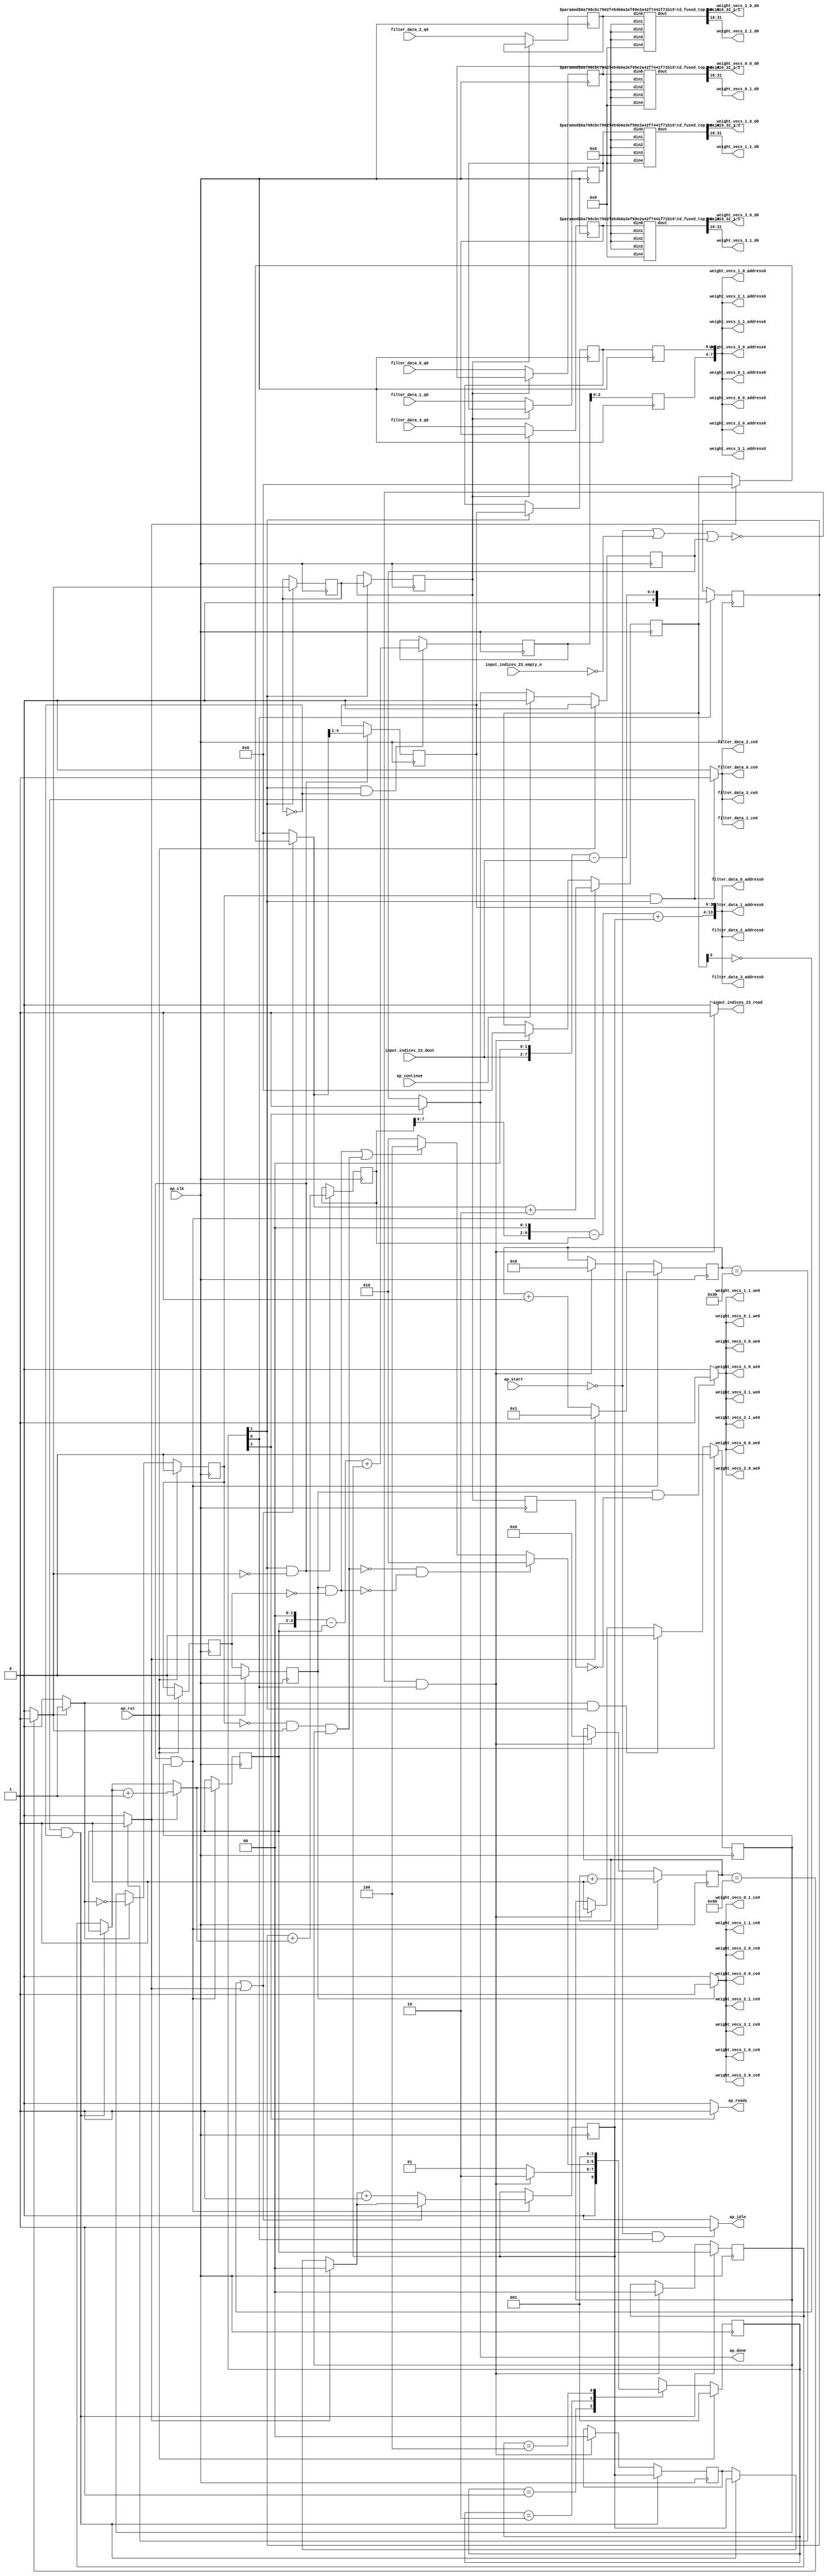
`define EXPONENT 5
`define MANTISSA 10
`define ACTUAL_MANTISSA 11
`define EXPONENT_LSB 10
`define EXPONENT_MSB 14
`define MANTISSA_LSB 0
`define MANTISSA_MSB 9
`define MANTISSA_MUL_SPLIT_LSB 3
`define MANTISSA_MUL_SPLIT_MSB 9
`define SIGN 1
`define SIGN_LOC 15
`define DWIDTH (`SIGN+`EXPONENT+`MANTISSA)
`define IEEE_COMPLIANCE 1

module td_fused_top_tdf8_readFilters58 (
        ap_clk,
        ap_rst,
        ap_start,
        ap_done,
        ap_continue,
        ap_idle,
        ap_ready,
        filter_data_0_address0,
        filter_data_0_ce0,
        filter_data_0_q0,
        filter_data_1_address0,
        filter_data_1_ce0,
        filter_data_1_q0,
        filter_data_2_address0,
        filter_data_2_ce0,
        filter_data_2_q0,
        filter_data_3_address0,
        filter_data_3_ce0,
        filter_data_3_q0,
        input_indices_23_dout,
        input_indices_23_empty_n,
        input_indices_23_read,
        weight_vecs_0_0_address0,
        weight_vecs_0_0_ce0,
        weight_vecs_0_0_we0,
        weight_vecs_0_0_d0,
        weight_vecs_0_1_address0,
        weight_vecs_0_1_ce0,
        weight_vecs_0_1_we0,
        weight_vecs_0_1_d0,
        weight_vecs_1_0_address0,
        weight_vecs_1_0_ce0,
        weight_vecs_1_0_we0,
        weight_vecs_1_0_d0,
        weight_vecs_1_1_address0,
        weight_vecs_1_1_ce0,
        weight_vecs_1_1_we0,
        weight_vecs_1_1_d0,
        weight_vecs_2_0_address0,
        weight_vecs_2_0_ce0,
        weight_vecs_2_0_we0,
        weight_vecs_2_0_d0,
        weight_vecs_2_1_address0,
        weight_vecs_2_1_ce0,
        weight_vecs_2_1_we0,
        weight_vecs_2_1_d0,
        weight_vecs_3_0_address0,
        weight_vecs_3_0_ce0,
        weight_vecs_3_0_we0,
        weight_vecs_3_0_d0,
        weight_vecs_3_1_address0,
        weight_vecs_3_1_ce0,
        weight_vecs_3_1_we0,
        weight_vecs_3_1_d0
);

parameter    ap_ST_fsm_state1 = 3'd1;
parameter    ap_ST_fsm_pp0_stage0 = 3'd2;
parameter    ap_ST_fsm_state6 = 3'd4;

input   ap_clk;
input   ap_rst;
input   ap_start;
output   ap_done;
input   ap_continue;
output   ap_idle;
output   ap_ready;
output  [13:0] filter_data_0_address0;
output   filter_data_0_ce0;
input  [31:0] filter_data_0_q0;
output  [13:0] filter_data_1_address0;
output   filter_data_1_ce0;
input  [31:0] filter_data_1_q0;
output  [13:0] filter_data_2_address0;
output   filter_data_2_ce0;
input  [31:0] filter_data_2_q0;
output  [13:0] filter_data_3_address0;
output   filter_data_3_ce0;
input  [31:0] filter_data_3_q0;
input  [5:0] input_indices_23_dout;
input   input_indices_23_empty_n;
output   input_indices_23_read;
output  [7:0] weight_vecs_0_0_address0;
output   weight_vecs_0_0_ce0;
output   weight_vecs_0_0_we0;
output  [15:0] weight_vecs_0_0_d0;
output  [7:0] weight_vecs_0_1_address0;
output   weight_vecs_0_1_ce0;
output   weight_vecs_0_1_we0;
output  [15:0] weight_vecs_0_1_d0;
output  [7:0] weight_vecs_1_0_address0;
output   weight_vecs_1_0_ce0;
output   weight_vecs_1_0_we0;
output  [15:0] weight_vecs_1_0_d0;
output  [7:0] weight_vecs_1_1_address0;
output   weight_vecs_1_1_ce0;
output   weight_vecs_1_1_we0;
output  [15:0] weight_vecs_1_1_d0;
output  [7:0] weight_vecs_2_0_address0;
output   weight_vecs_2_0_ce0;
output   weight_vecs_2_0_we0;
output  [15:0] weight_vecs_2_0_d0;
output  [7:0] weight_vecs_2_1_address0;
output   weight_vecs_2_1_ce0;
output   weight_vecs_2_1_we0;
output  [15:0] weight_vecs_2_1_d0;
output  [7:0] weight_vecs_3_0_address0;
output   weight_vecs_3_0_ce0;
output   weight_vecs_3_0_we0;
output  [15:0] weight_vecs_3_0_d0;
output  [7:0] weight_vecs_3_1_address0;
output   weight_vecs_3_1_ce0;
output   weight_vecs_3_1_we0;
output  [15:0] weight_vecs_3_1_d0;

reg ap_done;
reg ap_idle;
reg ap_ready;
reg filter_data_0_ce0;
reg filter_data_1_ce0;
reg filter_data_2_ce0;
reg filter_data_3_ce0;
reg input_indices_23_read;
reg weight_vecs_0_0_ce0;
reg weight_vecs_0_0_we0;
reg weight_vecs_0_1_ce0;
reg weight_vecs_0_1_we0;
reg weight_vecs_1_0_ce0;
reg weight_vecs_1_0_we0;
reg weight_vecs_1_1_ce0;
reg weight_vecs_1_1_we0;
reg weight_vecs_2_0_ce0;
reg weight_vecs_2_0_we0;
reg weight_vecs_2_1_ce0;
reg weight_vecs_2_1_we0;
reg weight_vecs_3_0_ce0;
reg weight_vecs_3_0_we0;
reg weight_vecs_3_1_ce0;
reg weight_vecs_3_1_we0;

reg    ap_done_reg;
  reg   [2:0] ap_CS_fsm;
wire    ap_CS_fsm_state1;
reg    input_indices_23_blk_n;
reg   [7:0] indvar_flatten13_reg_288;
reg   [1:0] ii_reg_299;
reg   [6:0] indvar_flatten_reg_310;
reg   [1:0] jj_reg_321;
reg   [5:0] kk_reg_332;
wire   [9:0] sext_ln47_fu_365_p1;
reg   [9:0] sext_ln47_reg_737;
wire   [7:0] add_ln47_1_fu_369_p2;
wire    ap_CS_fsm_pp0_stage0;
reg    ap_enable_reg_pp0_iter0;
wire    ap_block_state2_pp0_stage0_iter0;
wire    ap_block_state3_pp0_stage0_iter1;
wire    ap_block_state4_pp0_stage0_iter2;
wire    ap_block_state5_pp0_stage0_iter3;
wire    ap_block_pp0_stage0_11001;
wire   [0:0] icmp_ln47_fu_375_p2;
reg   [0:0] icmp_ln47_reg_747;
reg   [0:0] icmp_ln47_reg_747_pp0_iter1_reg;
reg   [0:0] icmp_ln47_reg_747_pp0_iter2_reg;
wire   [1:0] select_ln47_2_fu_409_p3;
reg   [1:0] select_ln47_2_reg_751;
wire   [9:0] add_ln55_fu_421_p2;
reg   [9:0] add_ln55_reg_758;
wire   [1:0] select_ln48_1_fu_460_p3;
reg   [1:0] select_ln48_1_reg_764;
reg   [3:0] lshr_ln_reg_771;
reg   [3:0] lshr_ln_reg_771_pp0_iter1_reg;
reg   [3:0] lshr_ln_reg_771_pp0_iter2_reg;
wire   [5:0] add_ln49_fu_478_p2;
wire   [6:0] select_ln48_2_fu_490_p3;
wire   [5:0] add_ln55_2_fu_554_p2;
reg   [5:0] add_ln55_2_reg_787;
reg   [5:0] add_ln55_2_reg_787_pp0_iter2_reg;
reg   [31:0] filter_data_0_load_reg_812;
reg   [31:0] filter_data_1_load_reg_817;
reg   [31:0] filter_data_2_load_reg_822;
reg   [31:0] filter_data_3_load_reg_827;
reg    ap_block_state1;
wire    ap_block_pp0_stage0_subdone;
reg    ap_condition_pp0_exit_iter0_state2;
reg    ap_enable_reg_pp0_iter1;
reg    ap_enable_reg_pp0_iter2;
reg    ap_enable_reg_pp0_iter3;
reg   [1:0] ap_phi_mux_ii_phi_fu_303_p4;
wire    ap_block_pp0_stage0;
reg   [1:0] ap_phi_mux_jj_phi_fu_325_p4;
wire   [63:0] tmp_13_fu_560_p3;
wire   [63:0] sext_ln55_2_fu_577_p1;
wire   [7:0] tmp_s_fu_347_p3;
wire   [8:0] zext_ln55_2_fu_355_p1;
wire   [8:0] zext_ln55_fu_343_p1;
wire   [8:0] sub_ln55_fu_359_p2;
wire   [0:0] icmp_ln48_fu_387_p2;
wire   [1:0] add_ln47_fu_381_p2;
wire   [9:0] zext_ln55_4_fu_417_p1;
wire   [0:0] tmp_12_fu_426_p3;
wire   [0:0] xor_ln49_fu_434_p2;
wire   [1:0] select_ln47_fu_393_p3;
wire   [0:0] or_ln47_fu_440_p2;
wire   [5:0] select_ln47_1_fu_401_p3;
wire   [1:0] add_ln48_fu_446_p2;
wire   [5:0] select_ln48_fu_452_p3;
wire   [6:0] add_ln48_1_fu_484_p2;
wire   [11:0] tmp_11_fu_504_p3;
wire   [59:0] sext_ln55_1_fu_511_p1;
wire   [59:0] sext_ln55_fu_501_p1;
wire   [3:0] tmp_10_fu_521_p3;
wire   [4:0] zext_ln55_5_fu_528_p1;
wire   [4:0] zext_ln55_3_fu_498_p1;
wire   [4:0] sub_ln55_2_fu_532_p2;
wire   [59:0] sub_ln55_1_fu_515_p2;
wire   [59:0] zext_ln55_7_fu_545_p1;
wire   [5:0] sext_ln48_fu_538_p1;
wire   [5:0] zext_ln55_6_fu_542_p1;
wire   [59:0] add_ln55_1_fu_548_p2;
wire   [9:0] tmp_14_fu_571_p3;
wire   [31:0] tmp_fu_589_p6;
wire   [15:0] trunc_ln55_fu_602_p1;
wire   [31:0] tmp_1_fu_611_p6;
wire   [15:0] trunc_ln55_1_fu_624_p1;
wire   [31:0] tmp_2_fu_633_p6;
wire   [15:0] trunc_ln55_2_fu_646_p1;
wire   [31:0] tmp_3_fu_655_p6;
wire   [15:0] trunc_ln55_3_fu_668_p1;
wire   [15:0] tmp_21_i_i_fu_677_p4;
wire   [15:0] tmp_23_i_i_fu_692_p4;
wire   [15:0] tmp_25_i_i_fu_707_p4;
wire   [15:0] tmp_27_i_i_fu_722_p4;
wire    ap_CS_fsm_state6;
reg   [2:0] ap_NS_fsm;
reg    ap_idle_pp0;
wire    ap_enable_pp0;
wire    ap_ce_reg;

// power-on initialization
initial begin
#0 ap_done_reg = 1'b0;
#0 ap_CS_fsm = 3'd1;
#0 ap_enable_reg_pp0_iter0 = 1'b0;
#0 ap_enable_reg_pp0_iter1 = 1'b0;
#0 ap_enable_reg_pp0_iter2 = 1'b0;
#0 ap_enable_reg_pp0_iter3 = 1'b0;
end

td_fused_top_mux_416_32_1_1 #(
    .ID( 1 ),
    .NUM_STAGE( 1 ),
    .din0_WIDTH( 32 ),
    .din1_WIDTH( 32 ),
    .din2_WIDTH( 32 ),
    .din3_WIDTH( 32 ),
    .din4_WIDTH( 16 ),
    .dout_WIDTH( 32 ))
mux_416_32_1_1_U1178(
    .din0(filter_data_0_load_reg_812),
    .din1(32'd0),
    .din2(32'd0),
    .din3(32'd0),
    .din4(16'd0),
    .dout(tmp_fu_589_p6)
);

td_fused_top_mux_416_32_1_1 #(
    .ID( 1 ),
    .NUM_STAGE( 1 ),
    .din0_WIDTH( 32 ),
    .din1_WIDTH( 32 ),
    .din2_WIDTH( 32 ),
    .din3_WIDTH( 32 ),
    .din4_WIDTH( 16 ),
    .dout_WIDTH( 32 ))
mux_416_32_1_1_U1179(
    .din0(filter_data_1_load_reg_817),
    .din1(32'd0),
    .din2(32'd0),
    .din3(32'd0),
    .din4(16'd0),
    .dout(tmp_1_fu_611_p6)
);

td_fused_top_mux_416_32_1_1 #(
    .ID( 1 ),
    .NUM_STAGE( 1 ),
    .din0_WIDTH( 32 ),
    .din1_WIDTH( 32 ),
    .din2_WIDTH( 32 ),
    .din3_WIDTH( 32 ),
    .din4_WIDTH( 16 ),
    .dout_WIDTH( 32 ))
mux_416_32_1_1_U1180(
    .din0(filter_data_2_load_reg_822),
    .din1(32'd0),
    .din2(32'd0),
    .din3(32'd0),
    .din4(16'd0),
    .dout(tmp_2_fu_633_p6)
);

td_fused_top_mux_416_32_1_1 #(
    .ID( 1 ),
    .NUM_STAGE( 1 ),
    .din0_WIDTH( 32 ),
    .din1_WIDTH( 32 ),
    .din2_WIDTH( 32 ),
    .din3_WIDTH( 32 ),
    .din4_WIDTH( 16 ),
    .dout_WIDTH( 32 ))
mux_416_32_1_1_U1181(
    .din0(filter_data_3_load_reg_827),
    .din1(32'd0),
    .din2(32'd0),
    .din3(32'd0),
    .din4(16'd0),
    .dout(tmp_3_fu_655_p6)
);

always @ (posedge ap_clk) begin
    if (ap_rst == 1'b1) begin
        ap_CS_fsm <= ap_ST_fsm_state1;
    end else begin
        ap_CS_fsm <= ap_NS_fsm;
    end
end

always @ (posedge ap_clk) begin
    if (ap_rst == 1'b1) begin
        ap_done_reg <= 1'b0;
    end else begin
        if ((ap_continue == 1'b1)) begin
            ap_done_reg <= 1'b0;
        end else if ((1'b1 == ap_CS_fsm_state6)) begin
            ap_done_reg <= 1'b1;
        end
    end
end

always @ (posedge ap_clk) begin
    if (ap_rst == 1'b1) begin
        ap_enable_reg_pp0_iter0 <= 1'b0;
    end else begin
        if (((1'b1 == ap_condition_pp0_exit_iter0_state2) & (1'b1 == ap_CS_fsm_pp0_stage0) & (1'b0 == ap_block_pp0_stage0_subdone))) begin
            ap_enable_reg_pp0_iter0 <= 1'b0;
        end else if ((~((ap_start == 1'b0) | (input_indices_23_empty_n == 1'b0) | (ap_done_reg == 1'b1)) & (1'b1 == ap_CS_fsm_state1))) begin
            ap_enable_reg_pp0_iter0 <= 1'b1;
        end
    end
end

always @ (posedge ap_clk) begin
    if (ap_rst == 1'b1) begin
        ap_enable_reg_pp0_iter1 <= 1'b0;
    end else begin
        if ((1'b0 == ap_block_pp0_stage0_subdone)) begin
            if ((1'b1 == ap_condition_pp0_exit_iter0_state2)) begin
                ap_enable_reg_pp0_iter1 <= (1'b1 ^ ap_condition_pp0_exit_iter0_state2);
            end else if ((1'b1 == 1'b1)) begin
                ap_enable_reg_pp0_iter1 <= ap_enable_reg_pp0_iter0;
            end
        end
    end
end

always @ (posedge ap_clk) begin
    if (ap_rst == 1'b1) begin
        ap_enable_reg_pp0_iter2 <= 1'b0;
    end else begin
        if ((1'b0 == ap_block_pp0_stage0_subdone)) begin
            ap_enable_reg_pp0_iter2 <= ap_enable_reg_pp0_iter1;
        end
    end
end

always @ (posedge ap_clk) begin
    if (ap_rst == 1'b1) begin
        ap_enable_reg_pp0_iter3 <= 1'b0;
    end else begin
        if ((1'b0 == ap_block_pp0_stage0_subdone)) begin
            ap_enable_reg_pp0_iter3 <= ap_enable_reg_pp0_iter2;
        end else if ((~((ap_start == 1'b0) | (input_indices_23_empty_n == 1'b0) | (ap_done_reg == 1'b1)) & (1'b1 == ap_CS_fsm_state1))) begin
            ap_enable_reg_pp0_iter3 <= 1'b0;
        end
    end
end

always @ (posedge ap_clk) begin
    if (((ap_enable_reg_pp0_iter1 == 1'b1) & (1'b1 == ap_CS_fsm_pp0_stage0) & (icmp_ln47_reg_747 == 1'd0) & (1'b0 == ap_block_pp0_stage0_11001))) begin
        ii_reg_299 <= select_ln47_2_reg_751;
    end else if ((~((ap_start == 1'b0) | (input_indices_23_empty_n == 1'b0) | (ap_done_reg == 1'b1)) & (1'b1 == ap_CS_fsm_state1))) begin
        ii_reg_299 <= 2'd0;
    end
end

always @ (posedge ap_clk) begin
    if (((1'b1 == ap_CS_fsm_pp0_stage0) & (icmp_ln47_fu_375_p2 == 1'd0) & (1'b0 == ap_block_pp0_stage0_11001) & (ap_enable_reg_pp0_iter0 == 1'b1))) begin
        indvar_flatten13_reg_288 <= add_ln47_1_fu_369_p2;
    end else if ((~((ap_start == 1'b0) | (input_indices_23_empty_n == 1'b0) | (ap_done_reg == 1'b1)) & (1'b1 == ap_CS_fsm_state1))) begin
        indvar_flatten13_reg_288 <= 8'd0;
    end
end

always @ (posedge ap_clk) begin
    if (((1'b1 == ap_CS_fsm_pp0_stage0) & (icmp_ln47_fu_375_p2 == 1'd0) & (1'b0 == ap_block_pp0_stage0_11001) & (ap_enable_reg_pp0_iter0 == 1'b1))) begin
        indvar_flatten_reg_310 <= select_ln48_2_fu_490_p3;
    end else if ((~((ap_start == 1'b0) | (input_indices_23_empty_n == 1'b0) | (ap_done_reg == 1'b1)) & (1'b1 == ap_CS_fsm_state1))) begin
        indvar_flatten_reg_310 <= 7'd0;
    end
end

always @ (posedge ap_clk) begin
    if (((ap_enable_reg_pp0_iter1 == 1'b1) & (1'b1 == ap_CS_fsm_pp0_stage0) & (icmp_ln47_reg_747 == 1'd0) & (1'b0 == ap_block_pp0_stage0_11001))) begin
        jj_reg_321 <= select_ln48_1_reg_764;
    end else if ((~((ap_start == 1'b0) | (input_indices_23_empty_n == 1'b0) | (ap_done_reg == 1'b1)) & (1'b1 == ap_CS_fsm_state1))) begin
        jj_reg_321 <= 2'd0;
    end
end

always @ (posedge ap_clk) begin
    if (((1'b1 == ap_CS_fsm_pp0_stage0) & (icmp_ln47_fu_375_p2 == 1'd0) & (1'b0 == ap_block_pp0_stage0_11001) & (ap_enable_reg_pp0_iter0 == 1'b1))) begin
        kk_reg_332 <= add_ln49_fu_478_p2;
    end else if ((~((ap_start == 1'b0) | (input_indices_23_empty_n == 1'b0) | (ap_done_reg == 1'b1)) & (1'b1 == ap_CS_fsm_state1))) begin
        kk_reg_332 <= 6'd0;
    end
end

always @ (posedge ap_clk) begin
    if (((1'b1 == ap_CS_fsm_pp0_stage0) & (icmp_ln47_reg_747 == 1'd0) & (1'b0 == ap_block_pp0_stage0_11001))) begin
        add_ln55_2_reg_787 <= add_ln55_2_fu_554_p2;
    end
end

always @ (posedge ap_clk) begin
    if ((1'b0 == ap_block_pp0_stage0_11001)) begin
        add_ln55_2_reg_787_pp0_iter2_reg <= add_ln55_2_reg_787;
        icmp_ln47_reg_747_pp0_iter2_reg <= icmp_ln47_reg_747_pp0_iter1_reg;
        lshr_ln_reg_771_pp0_iter2_reg <= lshr_ln_reg_771_pp0_iter1_reg;
    end
end

always @ (posedge ap_clk) begin
    if (((1'b1 == ap_CS_fsm_pp0_stage0) & (icmp_ln47_fu_375_p2 == 1'd0) & (1'b0 == ap_block_pp0_stage0_11001))) begin
        add_ln55_reg_758 <= add_ln55_fu_421_p2;
        lshr_ln_reg_771 <= {{select_ln48_fu_452_p3[4:1]}};
    end
end

always @ (posedge ap_clk) begin
    if (((icmp_ln47_reg_747_pp0_iter1_reg == 1'd0) & (1'b0 == ap_block_pp0_stage0_11001))) begin
        filter_data_0_load_reg_812 <= filter_data_0_q0;
        filter_data_1_load_reg_817 <= filter_data_1_q0;
        filter_data_2_load_reg_822 <= filter_data_2_q0;
        filter_data_3_load_reg_827 <= filter_data_3_q0;
    end
end

always @ (posedge ap_clk) begin
    if (((1'b1 == ap_CS_fsm_pp0_stage0) & (1'b0 == ap_block_pp0_stage0_11001))) begin
        icmp_ln47_reg_747 <= icmp_ln47_fu_375_p2;
        icmp_ln47_reg_747_pp0_iter1_reg <= icmp_ln47_reg_747;
        lshr_ln_reg_771_pp0_iter1_reg <= lshr_ln_reg_771;
    end
end

always @ (posedge ap_clk) begin
    if (((1'b1 == ap_CS_fsm_pp0_stage0) & (icmp_ln47_fu_375_p2 == 1'd0) & (1'b0 == ap_block_pp0_stage0_11001) & (ap_enable_reg_pp0_iter0 == 1'b1))) begin
        select_ln47_2_reg_751 <= select_ln47_2_fu_409_p3;
        select_ln48_1_reg_764 <= select_ln48_1_fu_460_p3;
    end
end

always @ (posedge ap_clk) begin
    if ((1'b1 == ap_CS_fsm_state1)) begin
        sext_ln47_reg_737 <= sext_ln47_fu_365_p1;
    end
end

always @ (*) begin
    if ((icmp_ln47_fu_375_p2 == 1'd1)) begin
        ap_condition_pp0_exit_iter0_state2 = 1'b1;
    end else begin
        ap_condition_pp0_exit_iter0_state2 = 1'b0;
    end
end

always @ (*) begin
    if ((1'b1 == ap_CS_fsm_state6)) begin
        ap_done = 1'b1;
    end else begin
        ap_done = ap_done_reg;
    end
end

always @ (*) begin
    if (((ap_start == 1'b0) & (1'b1 == ap_CS_fsm_state1))) begin
        ap_idle = 1'b1;
    end else begin
        ap_idle = 1'b0;
    end
end

always @ (*) begin
    if (((ap_enable_reg_pp0_iter3 == 1'b0) & (ap_enable_reg_pp0_iter2 == 1'b0) & (ap_enable_reg_pp0_iter1 == 1'b0) & (ap_enable_reg_pp0_iter0 == 1'b0))) begin
        ap_idle_pp0 = 1'b1;
    end else begin
        ap_idle_pp0 = 1'b0;
    end
end

always @ (*) begin
    if (((ap_enable_reg_pp0_iter1 == 1'b1) & (1'b1 == ap_CS_fsm_pp0_stage0) & (icmp_ln47_reg_747 == 1'd0) & (1'b0 == ap_block_pp0_stage0))) begin
        ap_phi_mux_ii_phi_fu_303_p4 = select_ln47_2_reg_751;
    end else begin
        ap_phi_mux_ii_phi_fu_303_p4 = ii_reg_299;
    end
end

always @ (*) begin
    if (((ap_enable_reg_pp0_iter1 == 1'b1) & (1'b1 == ap_CS_fsm_pp0_stage0) & (icmp_ln47_reg_747 == 1'd0) & (1'b0 == ap_block_pp0_stage0))) begin
        ap_phi_mux_jj_phi_fu_325_p4 = select_ln48_1_reg_764;
    end else begin
        ap_phi_mux_jj_phi_fu_325_p4 = jj_reg_321;
    end
end

always @ (*) begin
    if ((1'b1 == ap_CS_fsm_state6)) begin
        ap_ready = 1'b1;
    end else begin
        ap_ready = 1'b0;
    end
end

always @ (*) begin
    if (((ap_enable_reg_pp0_iter1 == 1'b1) & (1'b1 == ap_CS_fsm_pp0_stage0) & (1'b0 == ap_block_pp0_stage0_11001))) begin
        filter_data_0_ce0 = 1'b1;
    end else begin
        filter_data_0_ce0 = 1'b0;
    end
end

always @ (*) begin
    if (((ap_enable_reg_pp0_iter1 == 1'b1) & (1'b1 == ap_CS_fsm_pp0_stage0) & (1'b0 == ap_block_pp0_stage0_11001))) begin
        filter_data_1_ce0 = 1'b1;
    end else begin
        filter_data_1_ce0 = 1'b0;
    end
end

always @ (*) begin
    if (((ap_enable_reg_pp0_iter1 == 1'b1) & (1'b1 == ap_CS_fsm_pp0_stage0) & (1'b0 == ap_block_pp0_stage0_11001))) begin
        filter_data_2_ce0 = 1'b1;
    end else begin
        filter_data_2_ce0 = 1'b0;
    end
end

always @ (*) begin
    if (((ap_enable_reg_pp0_iter1 == 1'b1) & (1'b1 == ap_CS_fsm_pp0_stage0) & (1'b0 == ap_block_pp0_stage0_11001))) begin
        filter_data_3_ce0 = 1'b1;
    end else begin
        filter_data_3_ce0 = 1'b0;
    end
end

always @ (*) begin
    if ((~((ap_start == 1'b0) | (ap_done_reg == 1'b1)) & (1'b1 == ap_CS_fsm_state1))) begin
        input_indices_23_blk_n = input_indices_23_empty_n;
    end else begin
        input_indices_23_blk_n = 1'b1;
    end
end

always @ (*) begin
    if ((~((ap_start == 1'b0) | (input_indices_23_empty_n == 1'b0) | (ap_done_reg == 1'b1)) & (1'b1 == ap_CS_fsm_state1))) begin
        input_indices_23_read = 1'b1;
    end else begin
        input_indices_23_read = 1'b0;
    end
end

always @ (*) begin
    if (((ap_enable_reg_pp0_iter3 == 1'b1) & (1'b0 == ap_block_pp0_stage0_11001))) begin
        weight_vecs_0_0_ce0 = 1'b1;
    end else begin
        weight_vecs_0_0_ce0 = 1'b0;
    end
end

always @ (*) begin
    if (((ap_enable_reg_pp0_iter3 == 1'b1) & (icmp_ln47_reg_747_pp0_iter2_reg == 1'd0) & (1'b0 == ap_block_pp0_stage0_11001))) begin
        weight_vecs_0_0_we0 = 1'b1;
    end else begin
        weight_vecs_0_0_we0 = 1'b0;
    end
end

always @ (*) begin
    if (((ap_enable_reg_pp0_iter3 == 1'b1) & (1'b0 == ap_block_pp0_stage0_11001))) begin
        weight_vecs_0_1_ce0 = 1'b1;
    end else begin
        weight_vecs_0_1_ce0 = 1'b0;
    end
end

always @ (*) begin
    if (((ap_enable_reg_pp0_iter3 == 1'b1) & (icmp_ln47_reg_747_pp0_iter2_reg == 1'd0) & (1'b0 == ap_block_pp0_stage0_11001))) begin
        weight_vecs_0_1_we0 = 1'b1;
    end else begin
        weight_vecs_0_1_we0 = 1'b0;
    end
end

always @ (*) begin
    if (((ap_enable_reg_pp0_iter3 == 1'b1) & (1'b0 == ap_block_pp0_stage0_11001))) begin
        weight_vecs_1_0_ce0 = 1'b1;
    end else begin
        weight_vecs_1_0_ce0 = 1'b0;
    end
end

always @ (*) begin
    if (((ap_enable_reg_pp0_iter3 == 1'b1) & (icmp_ln47_reg_747_pp0_iter2_reg == 1'd0) & (1'b0 == ap_block_pp0_stage0_11001))) begin
        weight_vecs_1_0_we0 = 1'b1;
    end else begin
        weight_vecs_1_0_we0 = 1'b0;
    end
end

always @ (*) begin
    if (((ap_enable_reg_pp0_iter3 == 1'b1) & (1'b0 == ap_block_pp0_stage0_11001))) begin
        weight_vecs_1_1_ce0 = 1'b1;
    end else begin
        weight_vecs_1_1_ce0 = 1'b0;
    end
end

always @ (*) begin
    if (((ap_enable_reg_pp0_iter3 == 1'b1) & (icmp_ln47_reg_747_pp0_iter2_reg == 1'd0) & (1'b0 == ap_block_pp0_stage0_11001))) begin
        weight_vecs_1_1_we0 = 1'b1;
    end else begin
        weight_vecs_1_1_we0 = 1'b0;
    end
end

always @ (*) begin
    if (((ap_enable_reg_pp0_iter3 == 1'b1) & (1'b0 == ap_block_pp0_stage0_11001))) begin
        weight_vecs_2_0_ce0 = 1'b1;
    end else begin
        weight_vecs_2_0_ce0 = 1'b0;
    end
end

always @ (*) begin
    if (((ap_enable_reg_pp0_iter3 == 1'b1) & (icmp_ln47_reg_747_pp0_iter2_reg == 1'd0) & (1'b0 == ap_block_pp0_stage0_11001))) begin
        weight_vecs_2_0_we0 = 1'b1;
    end else begin
        weight_vecs_2_0_we0 = 1'b0;
    end
end

always @ (*) begin
    if (((ap_enable_reg_pp0_iter3 == 1'b1) & (1'b0 == ap_block_pp0_stage0_11001))) begin
        weight_vecs_2_1_ce0 = 1'b1;
    end else begin
        weight_vecs_2_1_ce0 = 1'b0;
    end
end

always @ (*) begin
    if (((ap_enable_reg_pp0_iter3 == 1'b1) & (icmp_ln47_reg_747_pp0_iter2_reg == 1'd0) & (1'b0 == ap_block_pp0_stage0_11001))) begin
        weight_vecs_2_1_we0 = 1'b1;
    end else begin
        weight_vecs_2_1_we0 = 1'b0;
    end
end

always @ (*) begin
    if (((ap_enable_reg_pp0_iter3 == 1'b1) & (1'b0 == ap_block_pp0_stage0_11001))) begin
        weight_vecs_3_0_ce0 = 1'b1;
    end else begin
        weight_vecs_3_0_ce0 = 1'b0;
    end
end

always @ (*) begin
    if (((ap_enable_reg_pp0_iter3 == 1'b1) & (icmp_ln47_reg_747_pp0_iter2_reg == 1'd0) & (1'b0 == ap_block_pp0_stage0_11001))) begin
        weight_vecs_3_0_we0 = 1'b1;
    end else begin
        weight_vecs_3_0_we0 = 1'b0;
    end
end

always @ (*) begin
    if (((ap_enable_reg_pp0_iter3 == 1'b1) & (1'b0 == ap_block_pp0_stage0_11001))) begin
        weight_vecs_3_1_ce0 = 1'b1;
    end else begin
        weight_vecs_3_1_ce0 = 1'b0;
    end
end

always @ (*) begin
    if (((ap_enable_reg_pp0_iter3 == 1'b1) & (icmp_ln47_reg_747_pp0_iter2_reg == 1'd0) & (1'b0 == ap_block_pp0_stage0_11001))) begin
        weight_vecs_3_1_we0 = 1'b1;
    end else begin
        weight_vecs_3_1_we0 = 1'b0;
    end
end

always @ (*) begin
    case (ap_CS_fsm)
        ap_ST_fsm_state1 : begin
            if ((~((ap_start == 1'b0) | (input_indices_23_empty_n == 1'b0) | (ap_done_reg == 1'b1)) & (1'b1 == ap_CS_fsm_state1))) begin
                ap_NS_fsm = ap_ST_fsm_pp0_stage0;
            end else begin
                ap_NS_fsm = ap_ST_fsm_state1;
            end
        end
        ap_ST_fsm_pp0_stage0 : begin
            if ((~((ap_enable_reg_pp0_iter1 == 1'b0) & (icmp_ln47_fu_375_p2 == 1'd1) & (1'b0 == ap_block_pp0_stage0_subdone) & (ap_enable_reg_pp0_iter0 == 1'b1)) & ~((ap_enable_reg_pp0_iter3 == 1'b1) & (ap_enable_reg_pp0_iter2 == 1'b0) & (1'b0 == ap_block_pp0_stage0_subdone)))) begin
                ap_NS_fsm = ap_ST_fsm_pp0_stage0;
            end else if ((((ap_enable_reg_pp0_iter3 == 1'b1) & (ap_enable_reg_pp0_iter2 == 1'b0) & (1'b0 == ap_block_pp0_stage0_subdone)) | ((ap_enable_reg_pp0_iter1 == 1'b0) & (icmp_ln47_fu_375_p2 == 1'd1) & (1'b0 == ap_block_pp0_stage0_subdone) & (ap_enable_reg_pp0_iter0 == 1'b1)))) begin
                ap_NS_fsm = ap_ST_fsm_state6;
            end else begin
                ap_NS_fsm = ap_ST_fsm_pp0_stage0;
            end
        end
        ap_ST_fsm_state6 : begin
            ap_NS_fsm = ap_ST_fsm_state1;
        end
        default : begin
            ap_NS_fsm = 'bx;
        end
    endcase
end

assign add_ln47_1_fu_369_p2 = (indvar_flatten13_reg_288 + 8'd1);

assign add_ln47_fu_381_p2 = (ap_phi_mux_ii_phi_fu_303_p4 + 2'd1);

assign add_ln48_1_fu_484_p2 = (indvar_flatten_reg_310 + 7'd1);

assign add_ln48_fu_446_p2 = (select_ln47_fu_393_p3 + 2'd1);

assign add_ln49_fu_478_p2 = (select_ln48_fu_452_p3 + 6'd2);

assign add_ln55_1_fu_548_p2 = (sub_ln55_1_fu_515_p2 + zext_ln55_7_fu_545_p1);

assign add_ln55_2_fu_554_p2 = ((sext_ln48_fu_538_p1) + (zext_ln55_6_fu_542_p1));

assign add_ln55_fu_421_p2 = ((sext_ln47_reg_737) + (zext_ln55_4_fu_417_p1));

assign ap_CS_fsm_pp0_stage0 = ap_CS_fsm[32'd1];

assign ap_CS_fsm_state1 = ap_CS_fsm[32'd0];

assign ap_CS_fsm_state6 = ap_CS_fsm[32'd2];

assign ap_block_pp0_stage0 = ~(1'b1 == 1'b1);

assign ap_block_pp0_stage0_11001 = ~(1'b1 == 1'b1);

assign ap_block_pp0_stage0_subdone = ~(1'b1 == 1'b1);

always @ (*) begin
    ap_block_state1 = ((ap_start == 1'b0) | (input_indices_23_empty_n == 1'b0) | (ap_done_reg == 1'b1));
end

assign ap_block_state2_pp0_stage0_iter0 = ~(1'b1 == 1'b1);

assign ap_block_state3_pp0_stage0_iter1 = ~(1'b1 == 1'b1);

assign ap_block_state4_pp0_stage0_iter2 = ~(1'b1 == 1'b1);

assign ap_block_state5_pp0_stage0_iter3 = ~(1'b1 == 1'b1);

assign ap_enable_pp0 = (ap_idle_pp0 ^ 1'b1);

assign filter_data_0_address0 = tmp_13_fu_560_p3;

assign filter_data_1_address0 = tmp_13_fu_560_p3;

assign filter_data_2_address0 = tmp_13_fu_560_p3;

assign filter_data_3_address0 = tmp_13_fu_560_p3;

assign icmp_ln47_fu_375_p2 = ((indvar_flatten13_reg_288 == 8'd144) ? 1'b1 : 1'b0);

assign icmp_ln48_fu_387_p2 = ((indvar_flatten_reg_310 == 7'd48) ? 1'b1 : 1'b0);

assign or_ln47_fu_440_p2 = (xor_ln49_fu_434_p2 | icmp_ln48_fu_387_p2);

assign select_ln47_1_fu_401_p3 = ((icmp_ln48_fu_387_p2[0:0] == 1'b1) ? 6'd0 : kk_reg_332);

assign select_ln47_2_fu_409_p3 = ((icmp_ln48_fu_387_p2[0:0] == 1'b1) ? add_ln47_fu_381_p2 : ap_phi_mux_ii_phi_fu_303_p4);

assign select_ln47_fu_393_p3 = ((icmp_ln48_fu_387_p2[0:0] == 1'b1) ? 2'd0 : ap_phi_mux_jj_phi_fu_325_p4);

assign select_ln48_1_fu_460_p3 = ((or_ln47_fu_440_p2[0:0] == 1'b1) ? select_ln47_fu_393_p3 : add_ln48_fu_446_p2);

assign select_ln48_2_fu_490_p3 = ((icmp_ln48_fu_387_p2[0:0] == 1'b1) ? 7'd1 : add_ln48_1_fu_484_p2);

assign select_ln48_fu_452_p3 = ((or_ln47_fu_440_p2[0:0] == 1'b1) ? select_ln47_1_fu_401_p3 : 6'd0);

assign sext_ln47_fu_365_p1 = (sub_ln55_fu_359_p2);

assign sext_ln48_fu_538_p1 = (sub_ln55_2_fu_532_p2);

assign sext_ln55_1_fu_511_p1 = (tmp_11_fu_504_p3);

assign sext_ln55_2_fu_577_p1 = (tmp_14_fu_571_p3);

assign sext_ln55_fu_501_p1 = add_ln55_reg_758;

assign sub_ln55_1_fu_515_p2 = ((sext_ln55_1_fu_511_p1) - (sext_ln55_fu_501_p1));

assign sub_ln55_2_fu_532_p2 = (zext_ln55_5_fu_528_p1 - zext_ln55_3_fu_498_p1);

assign sub_ln55_fu_359_p2 = (zext_ln55_2_fu_355_p1 - zext_ln55_fu_343_p1);

assign tmp_10_fu_521_p3 = {{select_ln47_2_reg_751}, {2'd0}};

assign tmp_11_fu_504_p3 = {{add_ln55_reg_758}, {2'd0}};

assign tmp_12_fu_426_p3 = kk_reg_332[32'd5];

assign tmp_13_fu_560_p3 = {{add_ln55_1_fu_548_p2}, {lshr_ln_reg_771}};

assign tmp_14_fu_571_p3 = {{add_ln55_2_reg_787_pp0_iter2_reg}, {lshr_ln_reg_771_pp0_iter2_reg}};

assign tmp_21_i_i_fu_677_p4 = {{tmp_fu_589_p6[31:16]}};

assign tmp_23_i_i_fu_692_p4 = {{tmp_1_fu_611_p6[31:16]}};

assign tmp_25_i_i_fu_707_p4 = {{tmp_2_fu_633_p6[31:16]}};

assign tmp_27_i_i_fu_722_p4 = {{tmp_3_fu_655_p6[31:16]}};

assign tmp_s_fu_347_p3 = {{input_indices_23_dout}, {2'd0}};

assign trunc_ln55_1_fu_624_p1 = tmp_1_fu_611_p6[15:0];

assign trunc_ln55_2_fu_646_p1 = tmp_2_fu_633_p6[15:0];

assign trunc_ln55_3_fu_668_p1 = tmp_3_fu_655_p6[15:0];

assign trunc_ln55_fu_602_p1 = tmp_fu_589_p6[15:0];

assign weight_vecs_0_0_address0 = sext_ln55_2_fu_577_p1;

assign weight_vecs_0_0_d0 = trunc_ln55_fu_602_p1;

assign weight_vecs_0_1_address0 = sext_ln55_2_fu_577_p1;

assign weight_vecs_0_1_d0 = tmp_21_i_i_fu_677_p4;

assign weight_vecs_1_0_address0 = sext_ln55_2_fu_577_p1;

assign weight_vecs_1_0_d0 = trunc_ln55_1_fu_624_p1;

assign weight_vecs_1_1_address0 = sext_ln55_2_fu_577_p1;

assign weight_vecs_1_1_d0 = tmp_23_i_i_fu_692_p4;

assign weight_vecs_2_0_address0 = sext_ln55_2_fu_577_p1;

assign weight_vecs_2_0_d0 = trunc_ln55_2_fu_646_p1;

assign weight_vecs_2_1_address0 = sext_ln55_2_fu_577_p1;

assign weight_vecs_2_1_d0 = tmp_25_i_i_fu_707_p4;

assign weight_vecs_3_0_address0 = sext_ln55_2_fu_577_p1;

assign weight_vecs_3_0_d0 = trunc_ln55_3_fu_668_p1;

assign weight_vecs_3_1_address0 = sext_ln55_2_fu_577_p1;

assign weight_vecs_3_1_d0 = tmp_27_i_i_fu_722_p4;

assign xor_ln49_fu_434_p2 = (tmp_12_fu_426_p3 ^ 1'd1);

assign zext_ln55_2_fu_355_p1 = tmp_s_fu_347_p3;

assign zext_ln55_3_fu_498_p1 = select_ln47_2_reg_751;

assign zext_ln55_4_fu_417_p1 = select_ln47_2_fu_409_p3;

assign zext_ln55_5_fu_528_p1 = tmp_10_fu_521_p3;

assign zext_ln55_6_fu_542_p1 = select_ln48_1_reg_764;

assign zext_ln55_7_fu_545_p1 = select_ln48_1_reg_764;

assign zext_ln55_fu_343_p1 = input_indices_23_dout;

endmodule //td_fused_top_tdf8_readFilters58
module td_fused_top_mux_416_32_1_1 #(
parameter
    ID                = 0,
    NUM_STAGE         = 1,
    din0_WIDTH       = 32,
    din1_WIDTH       = 32,
    din2_WIDTH       = 32,
    din3_WIDTH       = 32,
    din4_WIDTH         = 32,
    dout_WIDTH            = 32
)(
    input  [31 : 0]     din0,
    input  [31 : 0]     din1,
    input  [31 : 0]     din2,
    input  [31 : 0]     din3,
    input  [15 : 0]    din4,
    output [31 : 0]   dout);

// puts internal signals
wire [15 : 0]     sel;
// level 1 signals
wire [31 : 0]         mux_1_0;
wire [31 : 0]         mux_1_1;
// level 2 signals
wire [31 : 0]         mux_2_0;
// level 3 signals
wire [31 : 0]         mux_3_0;
// level 4 signals
wire [31 : 0]         mux_4_0;
// level 5 signals
wire [31 : 0]         mux_5_0;
// level 6 signals
wire [31 : 0]         mux_6_0;
// level 7 signals
wire [31 : 0]         mux_7_0;
// level 8 signals
wire [31 : 0]         mux_8_0;
// level 9 signals
wire [31 : 0]         mux_9_0;
// level 10 signals
wire [31 : 0]         mux_10_0;
// level 11 signals
wire [31 : 0]         mux_11_0;
// level 12 signals
wire [31 : 0]         mux_12_0;
// level 13 signals
wire [31 : 0]         mux_13_0;
// level 14 signals
wire [31 : 0]         mux_14_0;
// level 15 signals
wire [31 : 0]         mux_15_0;
// level 16 signals
wire [31 : 0]         mux_16_0;

assign sel = din4;

// Generate level 1 logic
assign mux_1_0 = (sel[0] == 0)? din0 : din1;
assign mux_1_1 = (sel[0] == 0)? din2 : din3;

// Generate level 2 logic
assign mux_2_0 = (sel[1] == 0)? mux_1_0 : mux_1_1;

// Generate level 3 logic
assign mux_3_0 = mux_2_0;

// Generate level 4 logic
assign mux_4_0 = mux_3_0;

// Generate level 5 logic
assign mux_5_0 = mux_4_0;

// Generate level 6 logic
assign mux_6_0 = mux_5_0;

// Generate level 7 logic
assign mux_7_0 = mux_6_0;

// Generate level 8 logic
assign mux_8_0 = mux_7_0;

// Generate level 9 logic
assign mux_9_0 = mux_8_0;

// Generate level 10 logic
assign mux_10_0 = mux_9_0;

// Generate level 11 logic
assign mux_11_0 = mux_10_0;

// Generate level 12 logic
assign mux_12_0 = mux_11_0;

// Generate level 13 logic
assign mux_13_0 = mux_12_0;

// Generate level 14 logic
assign mux_14_0 = mux_13_0;

// Generate level 15 logic
assign mux_15_0 = mux_14_0;

// Generate level 16 logic
assign mux_16_0 = mux_15_0;

// output logic
assign dout = mux_16_0;

endmodule